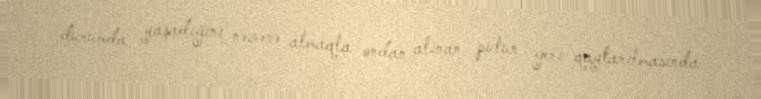
durumda yaşadığını nəzərə almaqla ondan alınan pulun geri qaytarılmasında